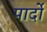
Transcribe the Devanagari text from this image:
पार्दो